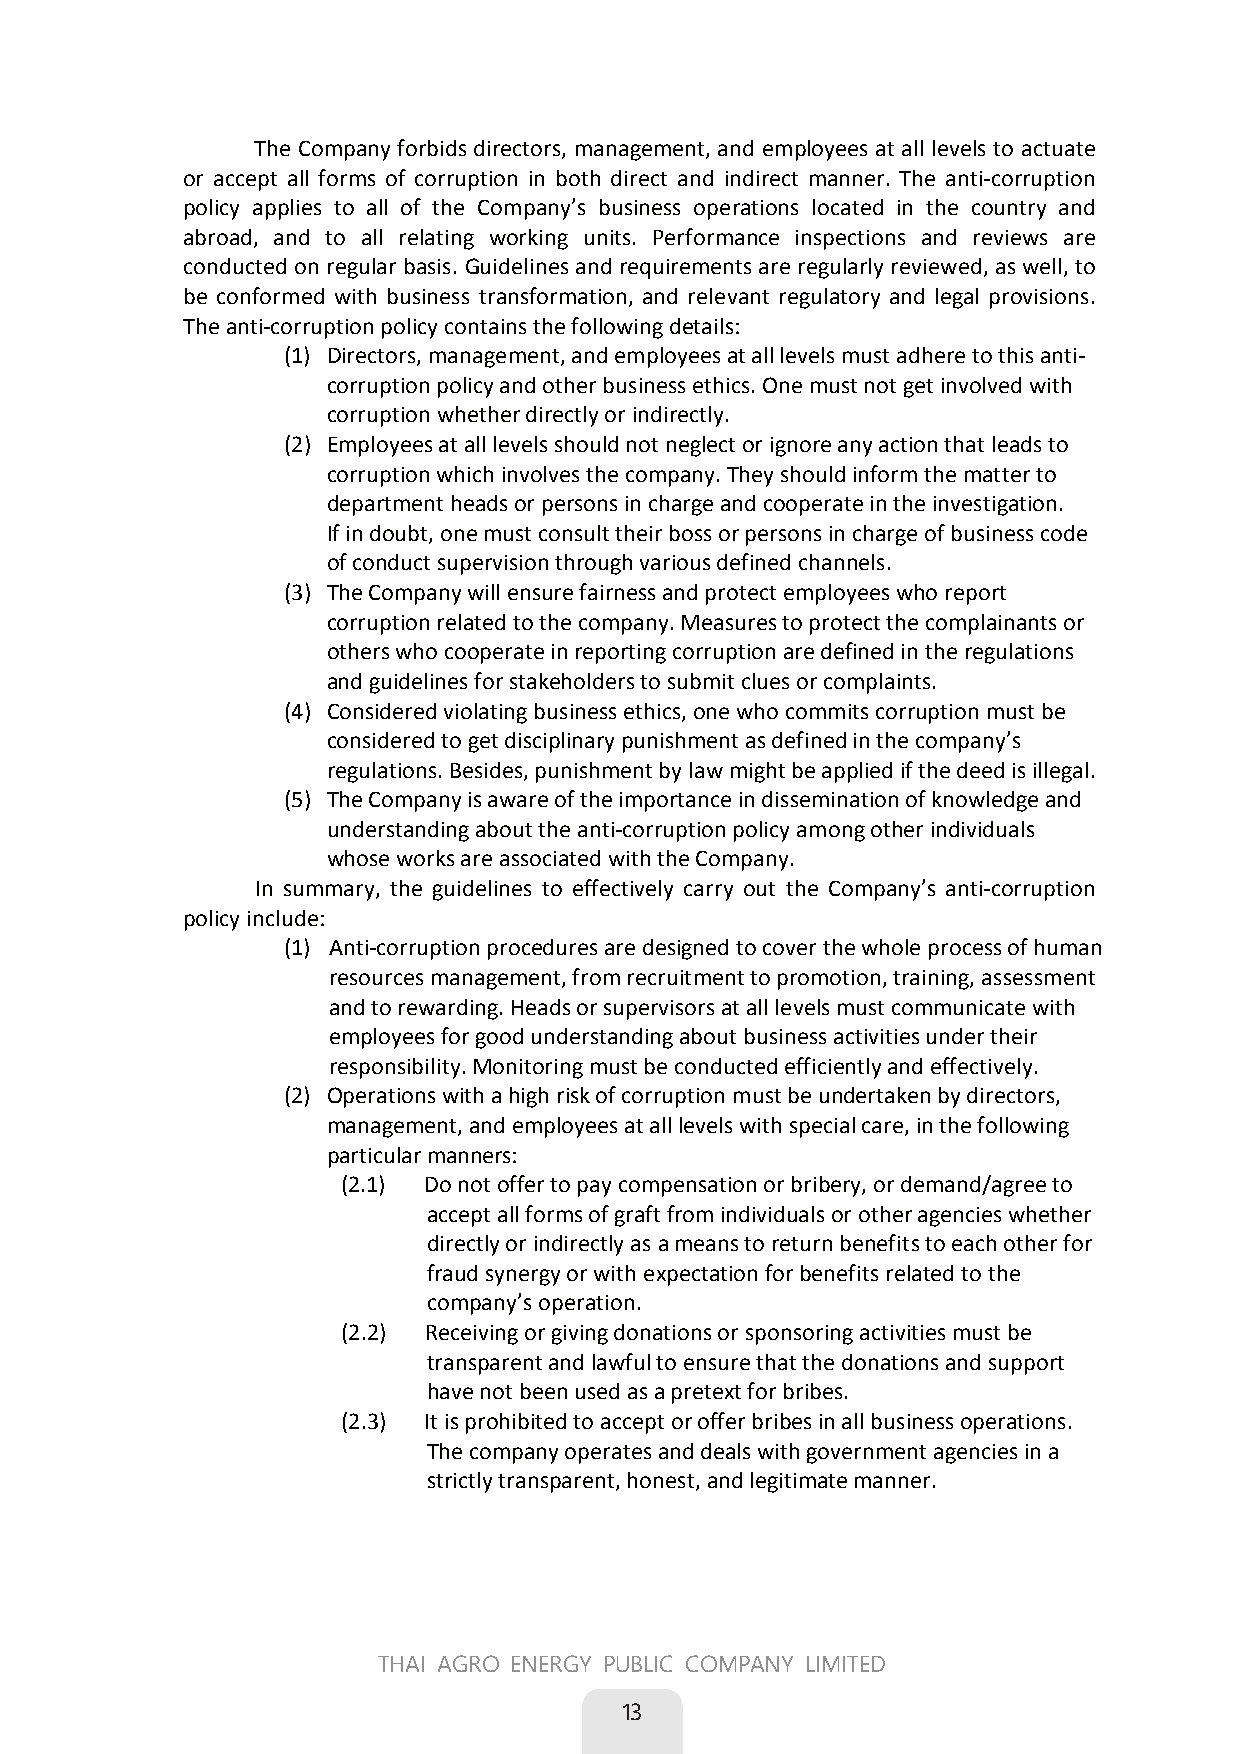
The Company forbids directors, management, and employees at all levels to actuate
 or accept all forms of corruption in both direct and indirect manner. The anti-corruption
 policy applies to all of the Company’s business operations located in the country and
 abroad, and to all relating working units. Performance inspections and reviews are
 conducted on regular basis. Guidelines and requirements are regularly reviewed, as well, to
 be conformed with business transformation, and relevant regulatory and legal provisions.
 The anti-corruption policy contains the following details:
 (1) Directors, management, and employees at all levels must adhere to this anti-
 corruption policy and other business ethics. One must not get involved with
 corruption whether directly or indirectly.
 (2) Employees at all levels should not neglect or ignore any action that leads to
 corruption which involves the company. They should inform the matter to
 department heads or persons in charge and cooperate in the investigation.
 If in doubt, one must consult their boss or persons in charge of business code
 of conduct supervision through various defined channels.
 (3) The Company will ensure fairness and protect employees who report
 corruption related to the company. Measures to protect the complainants or
 others who cooperate in reporting corruption are defined in the regulations
 and guidelines for stakeholders to submit clues or complaints.
 (4) Considered violating business ethics, one who commits corruption must be
 considered to get disciplinary punishment as defined in the company’s
 regulations. Besides, punishment by law might be applied if the deed is illegal.
 (5) The Company is aware of the importance in dissemination of knowledge and
 understanding about the anti-corruption policy among other individuals
 whose works are associated with the Company.
 In summary, the guidelines to effectively carry out the Company’s anti-corruption
 policy include:
 (1) Anti-corruption procedures are designed to cover the whole process of human
 resources management, from recruitment to promotion, training, assessment
 and to rewarding. Heads or supervisors at all levels must communicate with
 employees for good understanding about business activities under their
 responsibility. Monitoring must be conducted efficiently and effectively.
 (2) Operations with a high risk of corruption must be undertaken by directors,
 management, and employees at all levels with special care, in the following
 particular manners:
 (2.1) Do not offer to pay compensation or bribery, or demand/agree to
 accept all forms of graft from individuals or other agencies whether
 directly or indirectly as a means to return benefits to each other for
 fraud synergy or with expectation for benefits related to the
 company’s operation.
 (2.2) Receiving or giving donations or sponsoring activities must be
 transparent and lawful to ensure that the donations and support
 have not been used as a pretext for bribes.
 (2.3) It is prohibited to accept or offer bribes in all business operations.
 The company operates and deals with government agencies in a
 strictly transparent, honest, and legitimate manner.
 5
 THAI AGRO ENERGY PUBLIC COMPANY LIMITED
 13